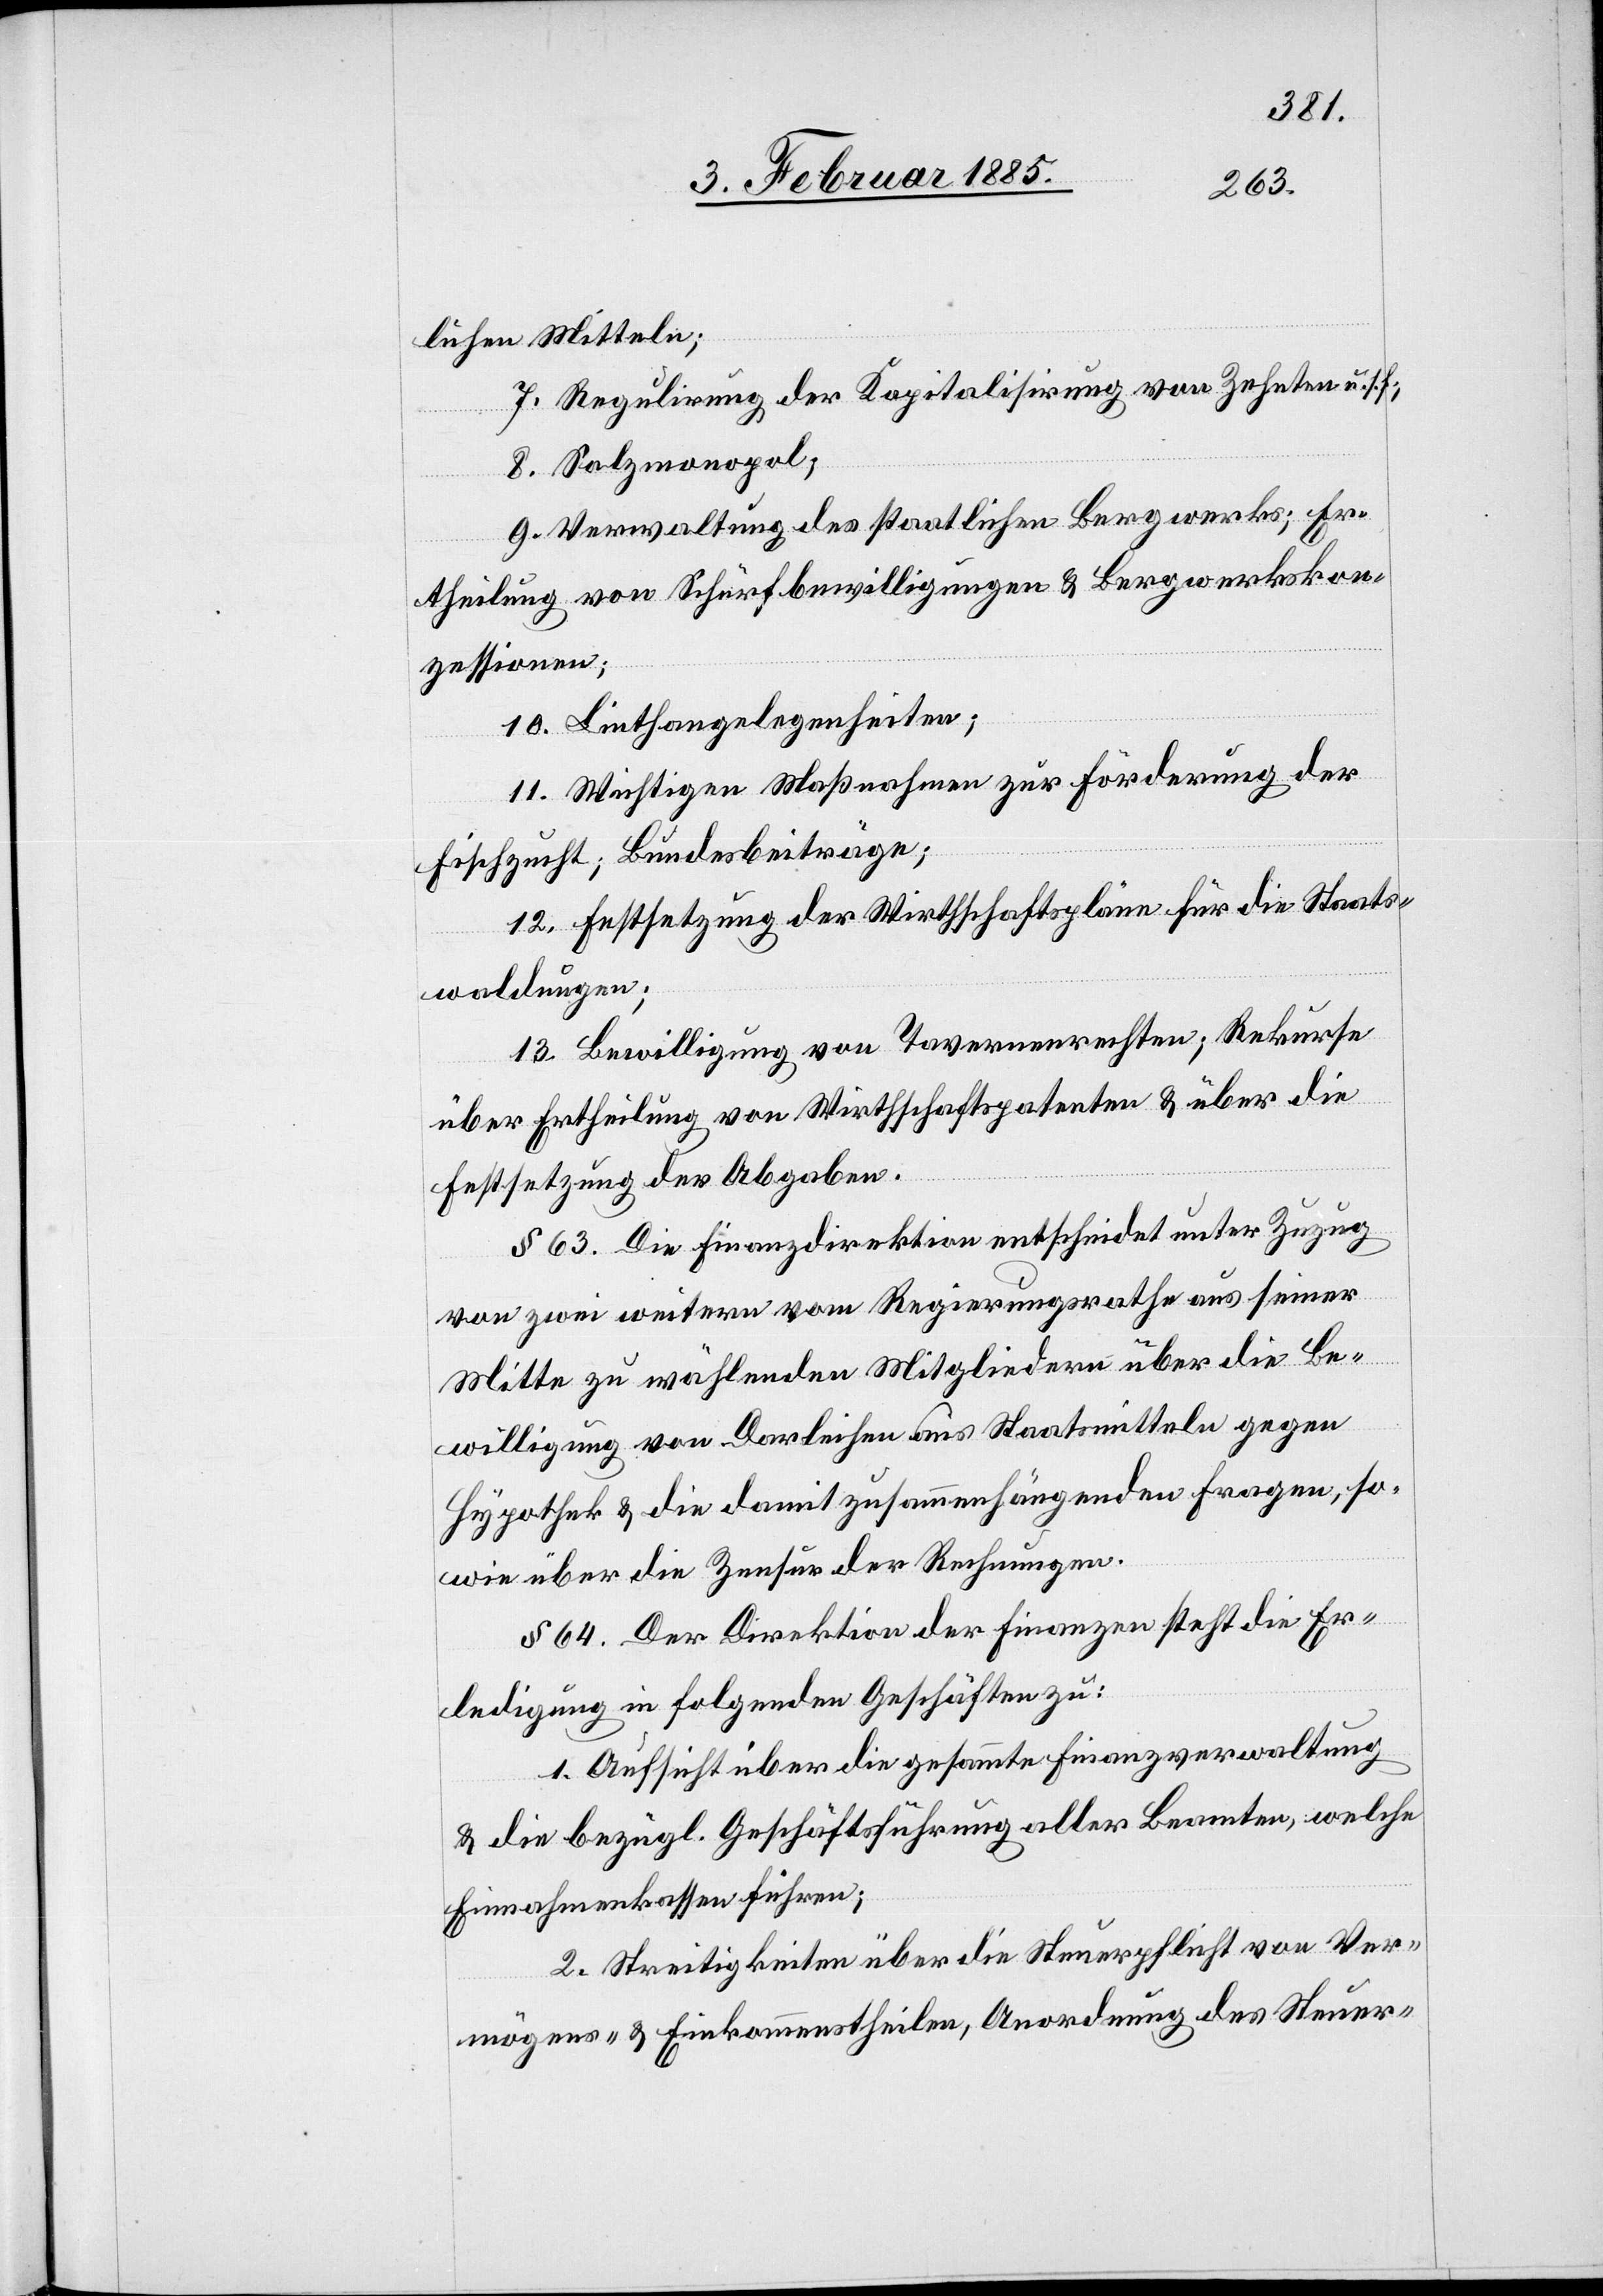
lichen Mitteln;
7. Regulirung der Kapitalisirung von Zehnten u. s.
8. Salzmonopol;
9. Verwaltung des staatlichen Bergwerks; Er¬
theilung von Schürfbewilligungen & Bergwerskon¬
zessionen;
10. Linthangelegenheiten;
11. Wichtigen Maßnahmen zur Förderung der
Fischzucht; Bundesbeiträge;
12. Festsetzung der Wirthschaftspläne für die Staats¬
waldungen;
13. Bewilligung von Tavernenrechten; Rekurse
über Ertheilung von Wirthschaftspatenten & über die
Festsetzung der Abgaben.
§ 63. Die Finanzdirektion entscheidet unter Zuzug
von zwei weitern vom Regierungsrathe aus seiner
Mitte zu wählenden Mitgliedern über die Be¬
willigung von Darleihen aus Staatsmitteln gegen
Hypothek & die damit zusammenhängenden Fragen, so¬
wie über die Zensur der Rechnungen.
§ 64. Der Direktion der Finanzen steht die Er¬
ledigung in folgenden Geschäften zu:
1. Aufsicht über die gesammte Finanzverwaltung
& die bezügl. Geschäftsführung aller Beamten, welche
Einnahmekassen führen;
2. Streitigkeiten über die Steuerpflicht von Ver¬
mögens- & Einkommenstheilen, Anordnung des Steuer-